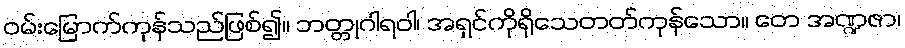
ဝမ်းမြောက်ကုန်သည်ဖြစ်၍။ ဘတ္တုဂါရဝါ၊ အရှင်ကိုရိုသေတတ်ကုန်သော။ တေ အဏ္ဍဇာ၊